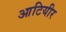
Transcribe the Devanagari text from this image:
आटियीर